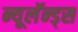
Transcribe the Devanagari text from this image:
न्यूलॅन्ड्स